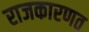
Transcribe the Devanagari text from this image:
राजकारणत